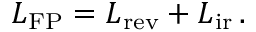
\boldsymbol { L } _ { \mathrm { F P } } = \boldsymbol { L } _ { \mathrm { r e v } } + \boldsymbol { L } _ { \mathrm { i r } } \, .